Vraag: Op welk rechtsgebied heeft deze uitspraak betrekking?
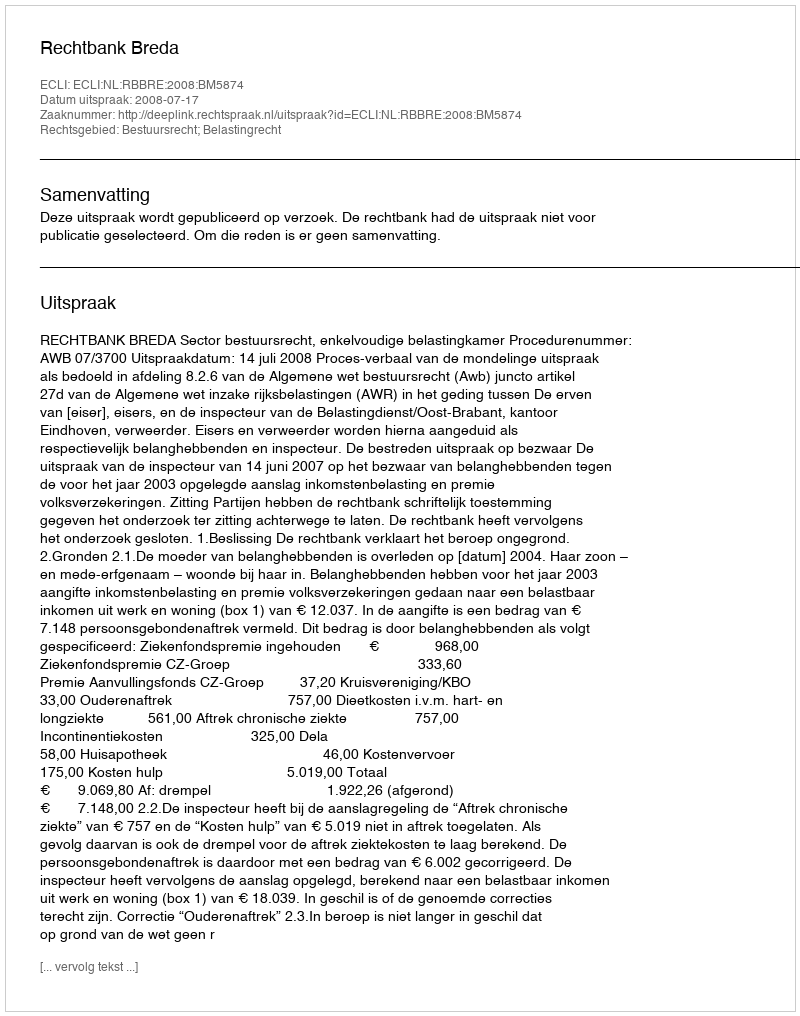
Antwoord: Bestuursrecht; Belastingrecht